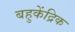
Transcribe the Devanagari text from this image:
बहुकेंद्रिक